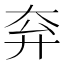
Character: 𡗹